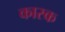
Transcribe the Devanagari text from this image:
कास्क